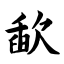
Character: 歃